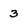
Character: 3